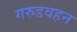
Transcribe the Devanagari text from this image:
गरुडवहन